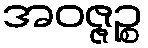
အဝဇ္ဇဉ္စ